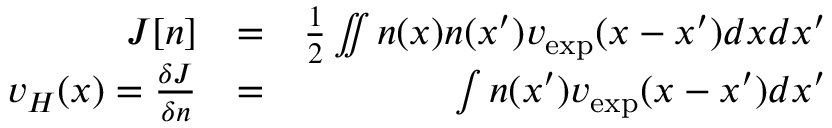
\begin{array} { r l r } { J [ n ] } & { = } & { \frac { 1 } { 2 } \iint n ( x ) n ( x ^ { \prime } ) v _ { \mathrm { e x p } } ( x - x ^ { \prime } ) d x d x ^ { \prime } } \\ { v _ { H } ( x ) = \frac { \delta J } { \delta n } } & { = } & { \int n ( x ^ { \prime } ) v _ { \mathrm { e x p } } ( x - x ^ { \prime } ) d x ^ { \prime } } \end{array}